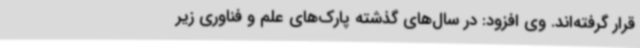
قرار گرفته‌اند. وی افزود: در سال‌های گذشته پارک‌های علم و فناوری زیر